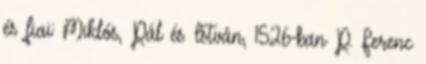
és fiai: Miklós, Pál és István, 1526-ban P. Ferenc